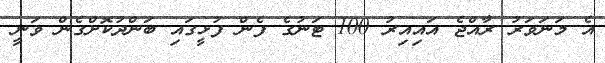
އެ މަނަވަރު ރާއްޖެ އައިއިރު 100 ޓަނުގެ ފެން ފުޅީގައި ބަންދުކޮށްގެން ވަނީ